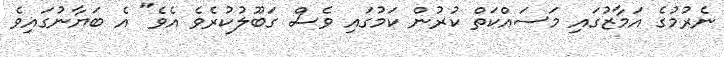
ނެރުމުގެ އަމާޒުގައި މަސައްކަތް ކުރުން ކަމުގައި ވެސް ގަބޫލުކުރެވެ އެވެ" އެ ބަޔާނުގައިވެ